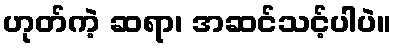
ဟုတ်ကဲ့ ဆရာ၊ အဆင်သင့်ပါပဲ။